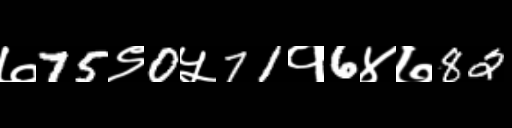
Text: ७75९0५71१6४७82